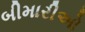
બીમારીઓ